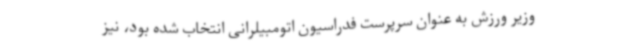
وزیر ورزش به عنوان سرپرست فدراسیون اتومبیلرانی انتخاب شده بود، نیز